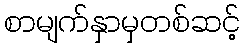
စာမျက်နှာမှတစ်ဆင့်